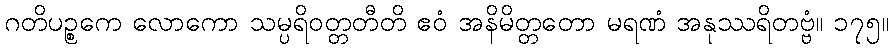
ဂတိပဉ္စကေ လောကော သမ္ပရိဝတ္တတီတိ ဧဝံ အနိမိတ္တတော မရဏံ အနုဿရိတဗ္ဗံ။ ၁၇၅။